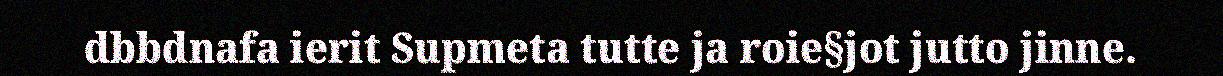
dbbdnafa ierit Supmeta tutte ja roie§jot jutto jinne.